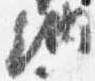
納